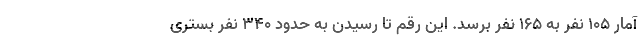
آمار ۱۰۵ نفر به ۱۶۵ نفر برسد. این رقم تا رسیدن به حدود ۳۴۰ نفر بستری